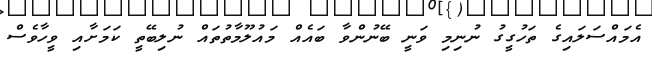
އެމައްސަލައިގެ ތަހުގީގު ނުނިމި ވަނީ ބޭނުންވާ ބައެއް މައުލޫމާތުތައް ނުލިބޭތީ ކަމަށާއި ވީހާވެސް